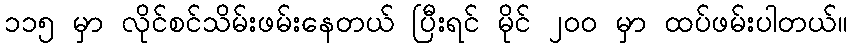
၁၁၅ မှာ လိုင်စင်သိမ်းဖမ်းနေတယ် ပြီးရင် မိုင် ၂၀၀ မှာ ထပ်ဖမ်းပါတယ်။